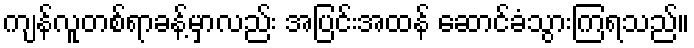
ကျန်လူတစ်ရာခန့်မှာလည်း အပြင်းအထန် ဆောင်ခံသွားကြရသည်။